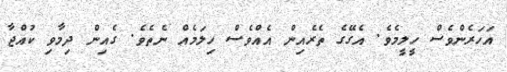
އަހަރެންވެސް ހީލީމެވެ. އެގޭގެ ތެރެއިން އެއްވެސް ހިލަމެއް ނެތެވެ. ގެއިން ދިމާވި ކުއްޖާ